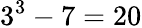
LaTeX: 3^{3}-7=20